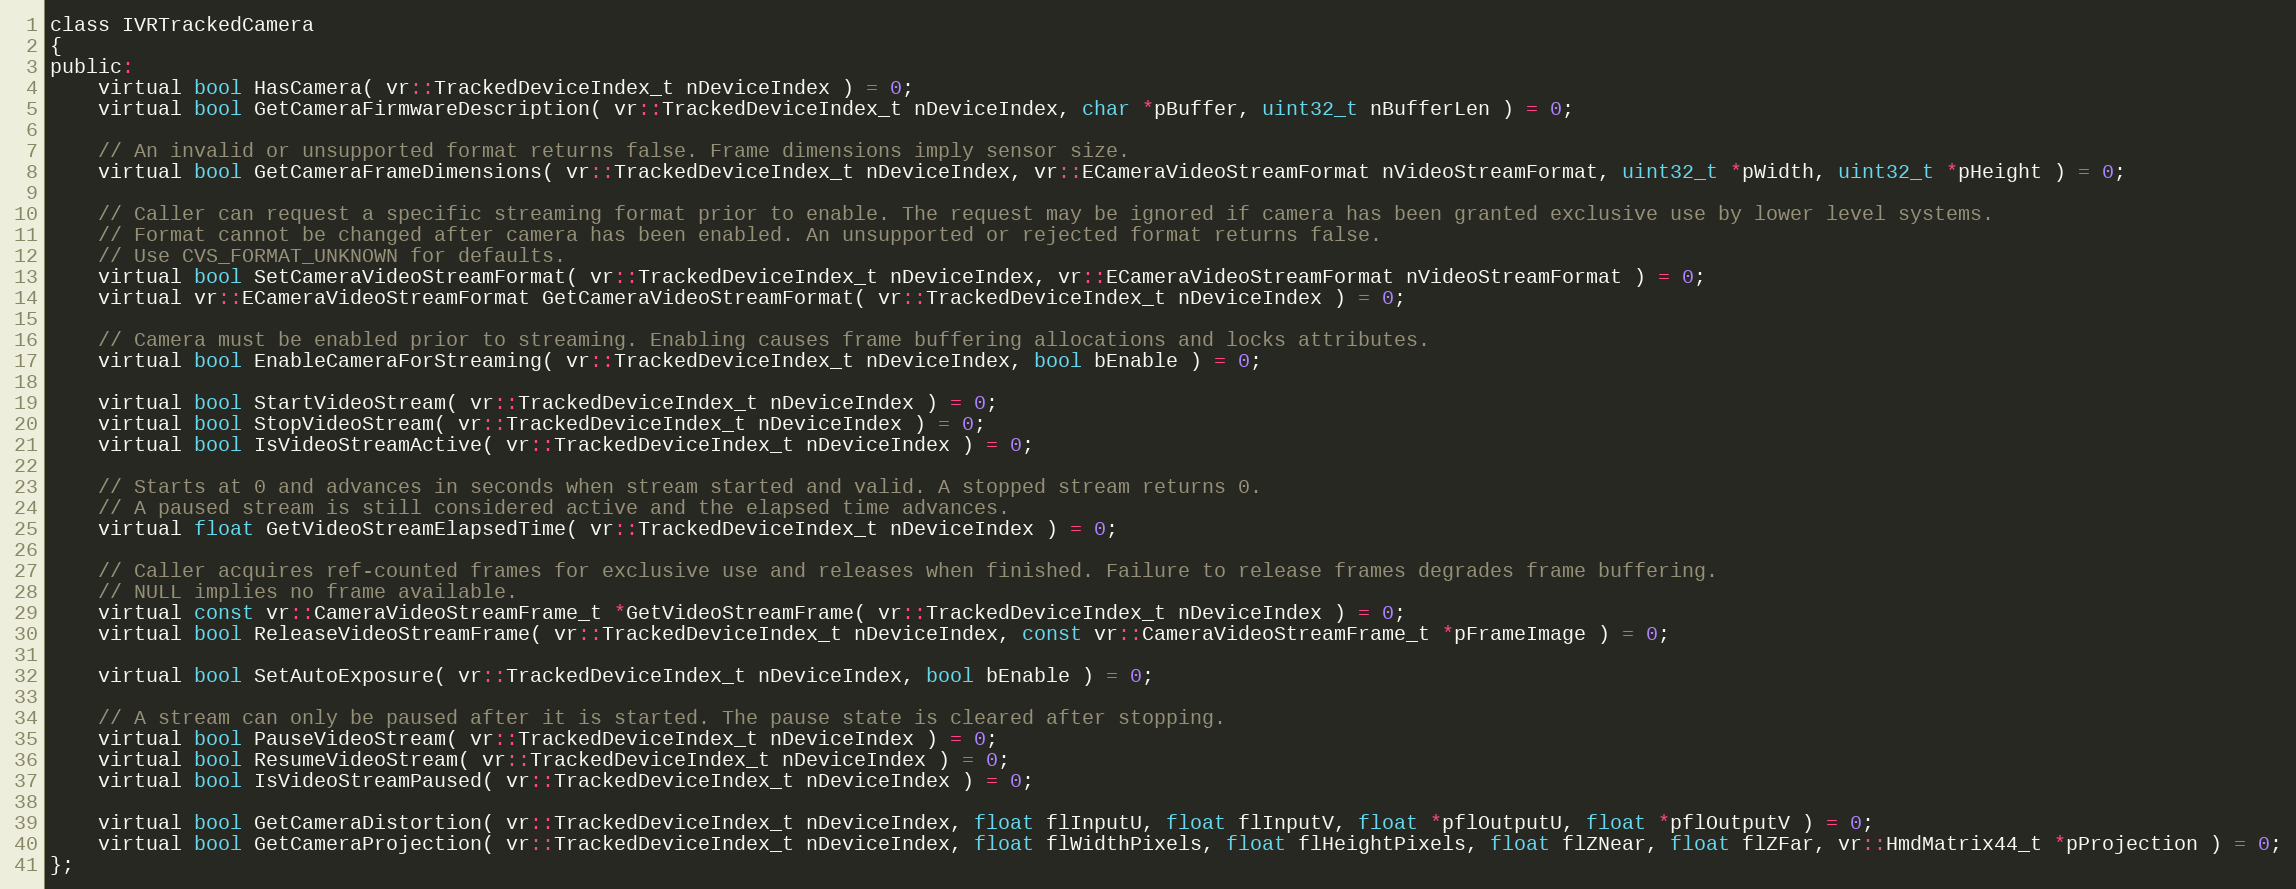
Language: C
class IVRTrackedCamera
{
public:
	virtual bool HasCamera( vr::TrackedDeviceIndex_t nDeviceIndex ) = 0;
	virtual bool GetCameraFirmwareDescription( vr::TrackedDeviceIndex_t nDeviceIndex, char *pBuffer, uint32_t nBufferLen ) = 0;

	// An invalid or unsupported format returns false. Frame dimensions imply sensor size.
	virtual bool GetCameraFrameDimensions( vr::TrackedDeviceIndex_t nDeviceIndex, vr::ECameraVideoStreamFormat nVideoStreamFormat, uint32_t *pWidth, uint32_t *pHeight ) = 0;

	// Caller can request a specific streaming format prior to enable. The request may be ignored if camera has been granted exclusive use by lower level systems.
	// Format cannot be changed after camera has been enabled. An unsupported or rejected format returns false.
	// Use CVS_FORMAT_UNKNOWN for defaults.
	virtual bool SetCameraVideoStreamFormat( vr::TrackedDeviceIndex_t nDeviceIndex, vr::ECameraVideoStreamFormat nVideoStreamFormat ) = 0;
	virtual vr::ECameraVideoStreamFormat GetCameraVideoStreamFormat( vr::TrackedDeviceIndex_t nDeviceIndex ) = 0;

	// Camera must be enabled prior to streaming. Enabling causes frame buffering allocations and locks attributes.
	virtual bool EnableCameraForStreaming( vr::TrackedDeviceIndex_t nDeviceIndex, bool bEnable ) = 0;

	virtual bool StartVideoStream( vr::TrackedDeviceIndex_t nDeviceIndex ) = 0;
	virtual bool StopVideoStream( vr::TrackedDeviceIndex_t nDeviceIndex ) = 0;
	virtual bool IsVideoStreamActive( vr::TrackedDeviceIndex_t nDeviceIndex ) = 0;

	// Starts at 0 and advances in seconds when stream started and valid. A stopped stream returns 0.
	// A paused stream is still considered active and the elapsed time advances.
	virtual float GetVideoStreamElapsedTime( vr::TrackedDeviceIndex_t nDeviceIndex ) = 0;

	// Caller acquires ref-counted frames for exclusive use and releases when finished. Failure to release frames degrades frame buffering.
	// NULL implies no frame available.
	virtual const vr::CameraVideoStreamFrame_t *GetVideoStreamFrame( vr::TrackedDeviceIndex_t nDeviceIndex ) = 0;
	virtual bool ReleaseVideoStreamFrame( vr::TrackedDeviceIndex_t nDeviceIndex, const vr::CameraVideoStreamFrame_t *pFrameImage ) = 0;

	virtual bool SetAutoExposure( vr::TrackedDeviceIndex_t nDeviceIndex, bool bEnable ) = 0;

	// A stream can only be paused after it is started. The pause state is cleared after stopping.
	virtual bool PauseVideoStream( vr::TrackedDeviceIndex_t nDeviceIndex ) = 0;
	virtual bool ResumeVideoStream( vr::TrackedDeviceIndex_t nDeviceIndex ) = 0;
	virtual bool IsVideoStreamPaused( vr::TrackedDeviceIndex_t nDeviceIndex ) = 0;

	virtual bool GetCameraDistortion( vr::TrackedDeviceIndex_t nDeviceIndex, float flInputU, float flInputV, float *pflOutputU, float *pflOutputV ) = 0;
	virtual bool GetCameraProjection( vr::TrackedDeviceIndex_t nDeviceIndex, float flWidthPixels, float flHeightPixels, float flZNear, float flZFar, vr::HmdMatrix44_t *pProjection ) = 0;
};